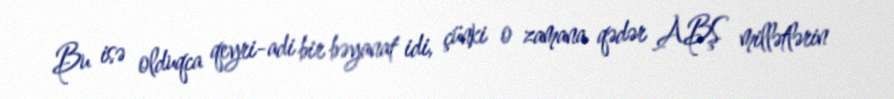
Bu isə olduqca qeyri-adi bir bəyanat idi, çünki o zamana qədər ABŞ millətlərin